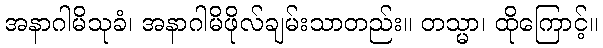
အနာဂါမိသုခံ၊ အနာဂါမိဖိုလ်ချမ်းသာတည်း။ တသ္မာ၊ ထိုကြောင့်။